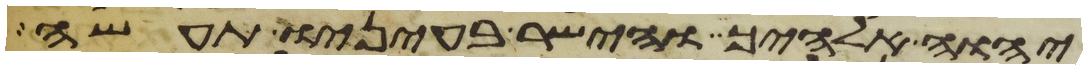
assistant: יהוה אלהיך והישר בעיניו תעשה